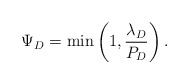
\begin{align*}\Psi_D = \min\left(1, \frac{\lambda_D}{P_D}\right).\end{align*}